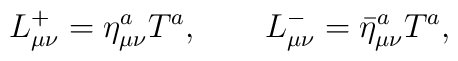
L^+_{\mu\nu} = \eta_{\mu\nu}^a T^a, \qquad L^-_{\mu\nu} = {\bar\eta}_{\mu\nu}^a T^a,